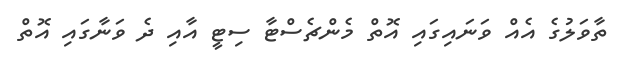
ތާވަލުގެ އެއް ވަނައިގައި އޮތް މެންޗެސްޓާ ސިޓީ އާއި ދެ ވަނާގައި އޮތް